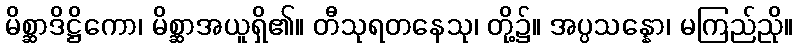
မိစ္ဆာဒိဋ္ဌိကော၊ မိစ္ဆာအယူရှိ၏။ တီသုရတနေသု၊ တို့၌။ အပ္ပသန္နော၊ မကြည်ညို။